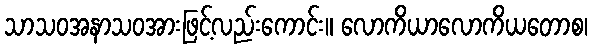
သာသဝအနာသဝအားဖြင့်လည်းကောင်း။ လောကိယာလောကိယတောစ၊